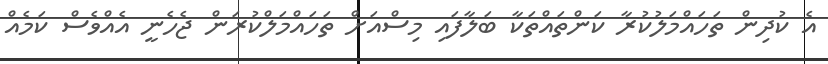
އެ ކުދިން ތަހައްމަލުކުރާ ކަންތައްތަކާ ބަލާފައި މިސްއަށް ތަހައްމަލްކުރަން ޖެހެނީ އެއްވެސް ކަމެއް